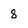
Character: 8